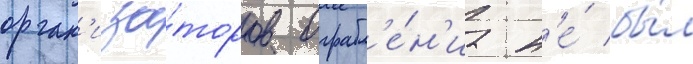
орган'иза́торов ограбл'е́н'иа н'е́ бы́л